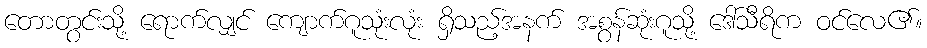
တောတွင်းသို့ ရောက်လျှင် ကျောက်ဂူသုံးလုံး ရှိသည့်အနက် အစွန်ဆုံးဂူသို့ ဒေါ်သီရိက ဝင်လေ၏။